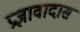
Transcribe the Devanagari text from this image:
प्रज्ञावादास